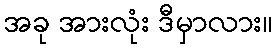
အခု အားလုံး ဒီမှာလား။